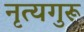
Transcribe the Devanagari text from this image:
नृत्यगुरू